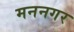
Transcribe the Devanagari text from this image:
मननगर